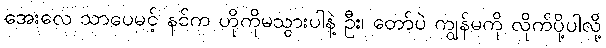
အေးလေ သာပေမင့် နင်က ဟိုကိုမသွားပါနဲ့ ဦး၊ တော်ပဲ ကျွန်မကို လိုက်ပို့ပါလို့